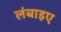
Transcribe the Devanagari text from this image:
लंबाइए